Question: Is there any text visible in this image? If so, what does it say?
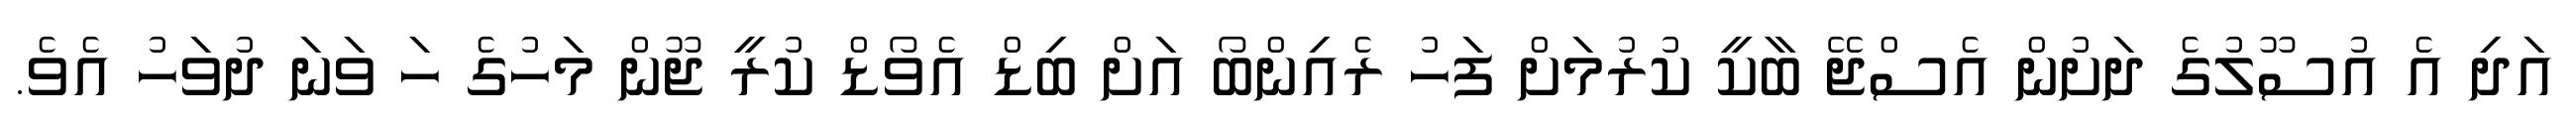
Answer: އަދި އެ އުސޫލުގެ ދަށުން އެސްޖޭ ބާކީ ކުރުމަށް ފަހު ރެއިންބޯ އަށް ބިޑް އެވޯޑް ކުރީ ޖޫން މަހުގެ ހަ ވަނަ ދުވަހު އެވެ.